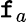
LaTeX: \mathtt{f}_{a}